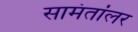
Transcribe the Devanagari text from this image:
सामंतांलर